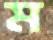
ম